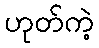
ဟုတ်ကဲ့